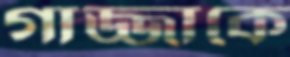
গাজ্জাকে